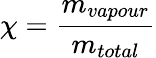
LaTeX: \chi={\frac{m_{vapour}}{m_{total}}}